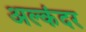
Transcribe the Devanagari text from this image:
अल्कंदर